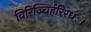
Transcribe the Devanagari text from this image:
विरिञ्चिर्हरिरधः।